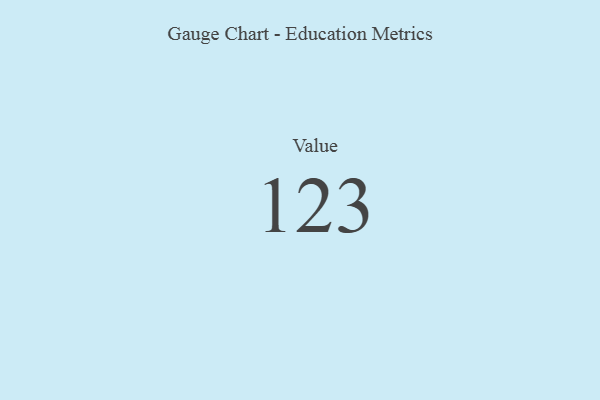
{"axis": {"x": "Metric", "y": "Value"}, "legend": [""], "data": [{"x": "Value", "y": 123, "type": ""}]}